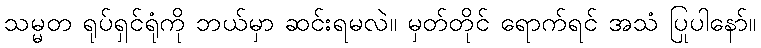
သမ္မတ ရုပ်ရှင်ရုံကို ဘယ်မှာ ဆင်းရမလဲ။ မှတ်တိုင် ရောက်ရင် အသံ ပြုပါနော်။